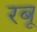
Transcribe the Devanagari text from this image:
रबू